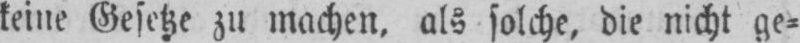
keine Gesetze zu machen, als solche, die nicht ge⸗